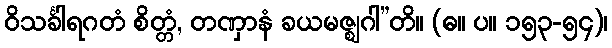
ဝိသင်္ခါရဂတံ စိတ္တံ, တဏှာနံ ခယမဇ္ဈဂါ”တိ။ (ဓ။ ပ။ ၁၅၃-၅၄)၊